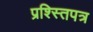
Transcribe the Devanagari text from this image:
प्रश्स्तिपत्र